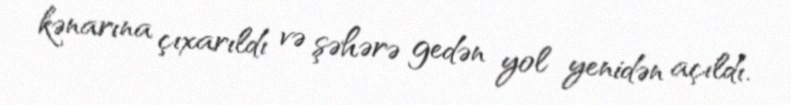
kənarına çıxarıldı və şəhərə gedən yol yenidən açıldı.